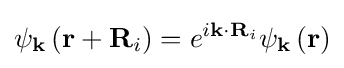
{\psi _{\bf {k}}}\left({{\bf {r}}+{{\bf {R}}_{i}}}\right)={e^{i{\bf {k}}\cdot {{\bf {R}}_{i}}}}{\psi _{\bf {k}}}\left({\bf {r}}\right)